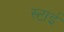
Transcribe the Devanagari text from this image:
स्टाई